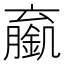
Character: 𬫼